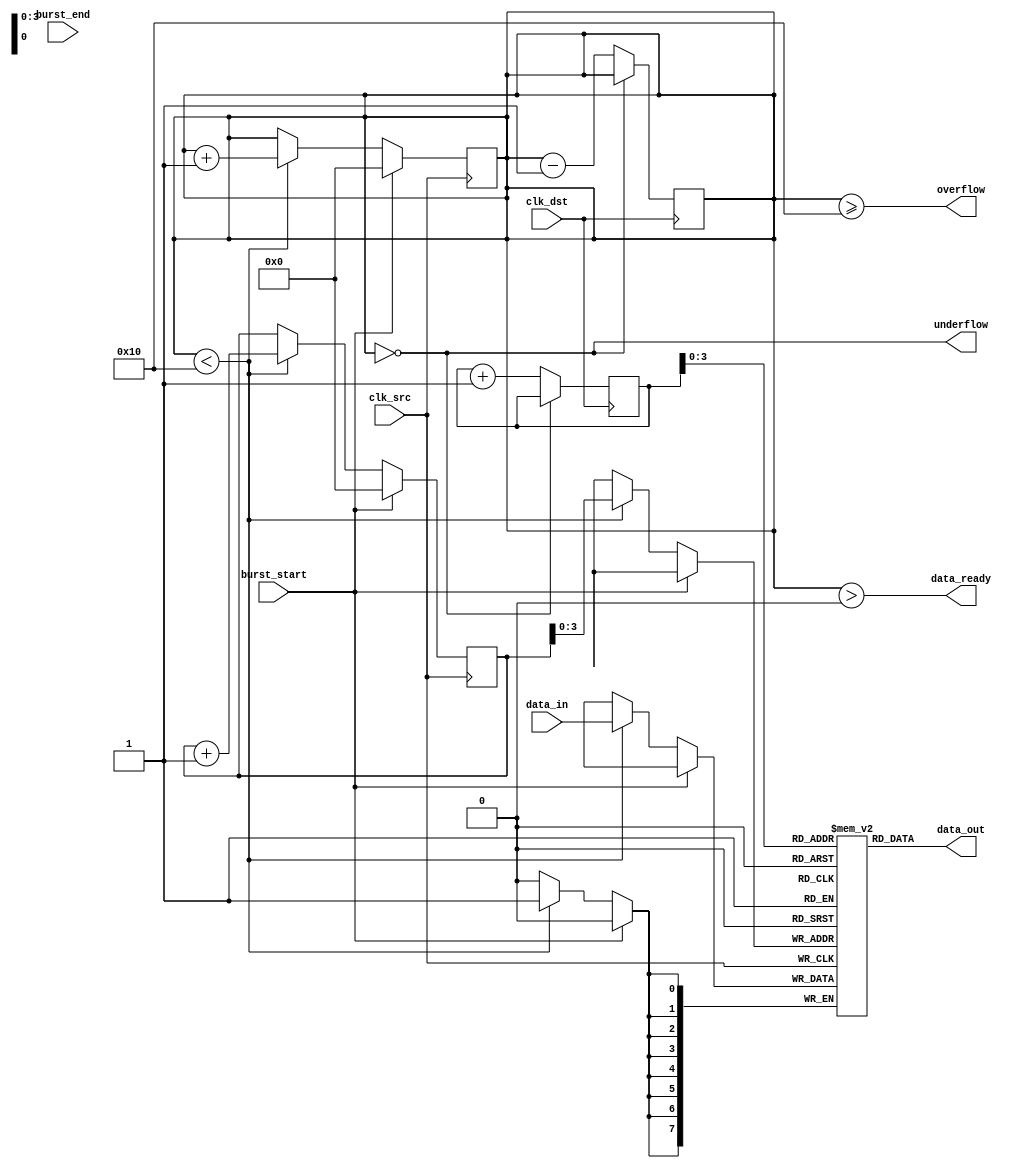
module burst_mode_synchronizer #(
    parameter DATA_WIDTH = 8,     // Width of the data
    parameter FIFO_DEPTH = 16      // Depth of the FIFO
)(
    input wire clk_src,            // Source clock
    input wire clk_dst,            // Destination clock
    input wire [DATA_WIDTH-1:0] data_in, // Data input from source
    input wire burst_start,        // Signal to indicate the start of a burst
    input wire burst_end,          // Signal to indicate the end of a burst
    output wire [DATA_WIDTH-1:0] data_out, // Data output to destination
    output wire data_ready,        // Signal to indicate data is ready to be read
    output wire overflow,          // Overflow flag
    output wire underflow          // Underflow flag
);

    // FIFO buffer implementation
    reg [DATA_WIDTH-1:0] fifo [0:FIFO_DEPTH-1];
    reg [4:0] write_ptr;           // Write pointer
    reg [4:0] read_ptr;            // Read pointer
    reg [4:0] count;               // Number of entries in FIFO

    // Status flags
    assign overflow = (count >= FIFO_DEPTH);
    assign underflow = (count == 0);
    assign data_ready = (count > 0);
    assign data_out = fifo[read_ptr];

    // Write logic for source clock domain
    always @(posedge clk_src) begin
        if (burst_start) begin
            write_ptr <= 0;
            count <= 0; // Reset count at the beginning of a burst
        end else if (count < FIFO_DEPTH) begin
            fifo[write_ptr] <= data_in; // Store data in FIFO
            write_ptr <= write_ptr + 1;
            count <= count + 1;
        end
    end

    // Read logic for destination clock domain
    always @(posedge clk_dst) begin
        if (!underflow) begin
            read_ptr <= read_ptr + 1;
            count <= count - 1;
        end
    end

    // Synchronization for control signals
    reg burst_start_sync1, burst_start_sync2;
    reg burst_end_sync1, burst_end_sync2;

    always @(posedge clk_dst) begin
        burst_start_sync1 <= burst_start;
        burst_start_sync2 <= burst_start_sync1;

        burst_end_sync1 <= burst_end;
        burst_end_sync2 <= burst_end_sync1;
    end

    // Control logic for handling burst end
    always @(posedge clk_src) begin
        if (burst_end_sync2) begin
            // Handle end of burst logic if needed
        end
    end

endmodule